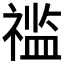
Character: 𱵥